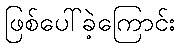
ဖြစ်ပေါ်ခဲ့ကြောင်း